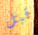
قبل